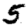
Digit: 5